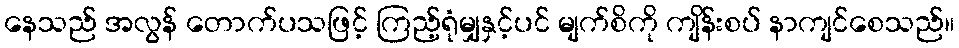
နေသည် အလွန် တောက်ပသဖြင့် ကြည့်ရုံမျှနှင့်ပင် မျက်စိကို ကျိန်းစပ် နာကျင်စေသည်။